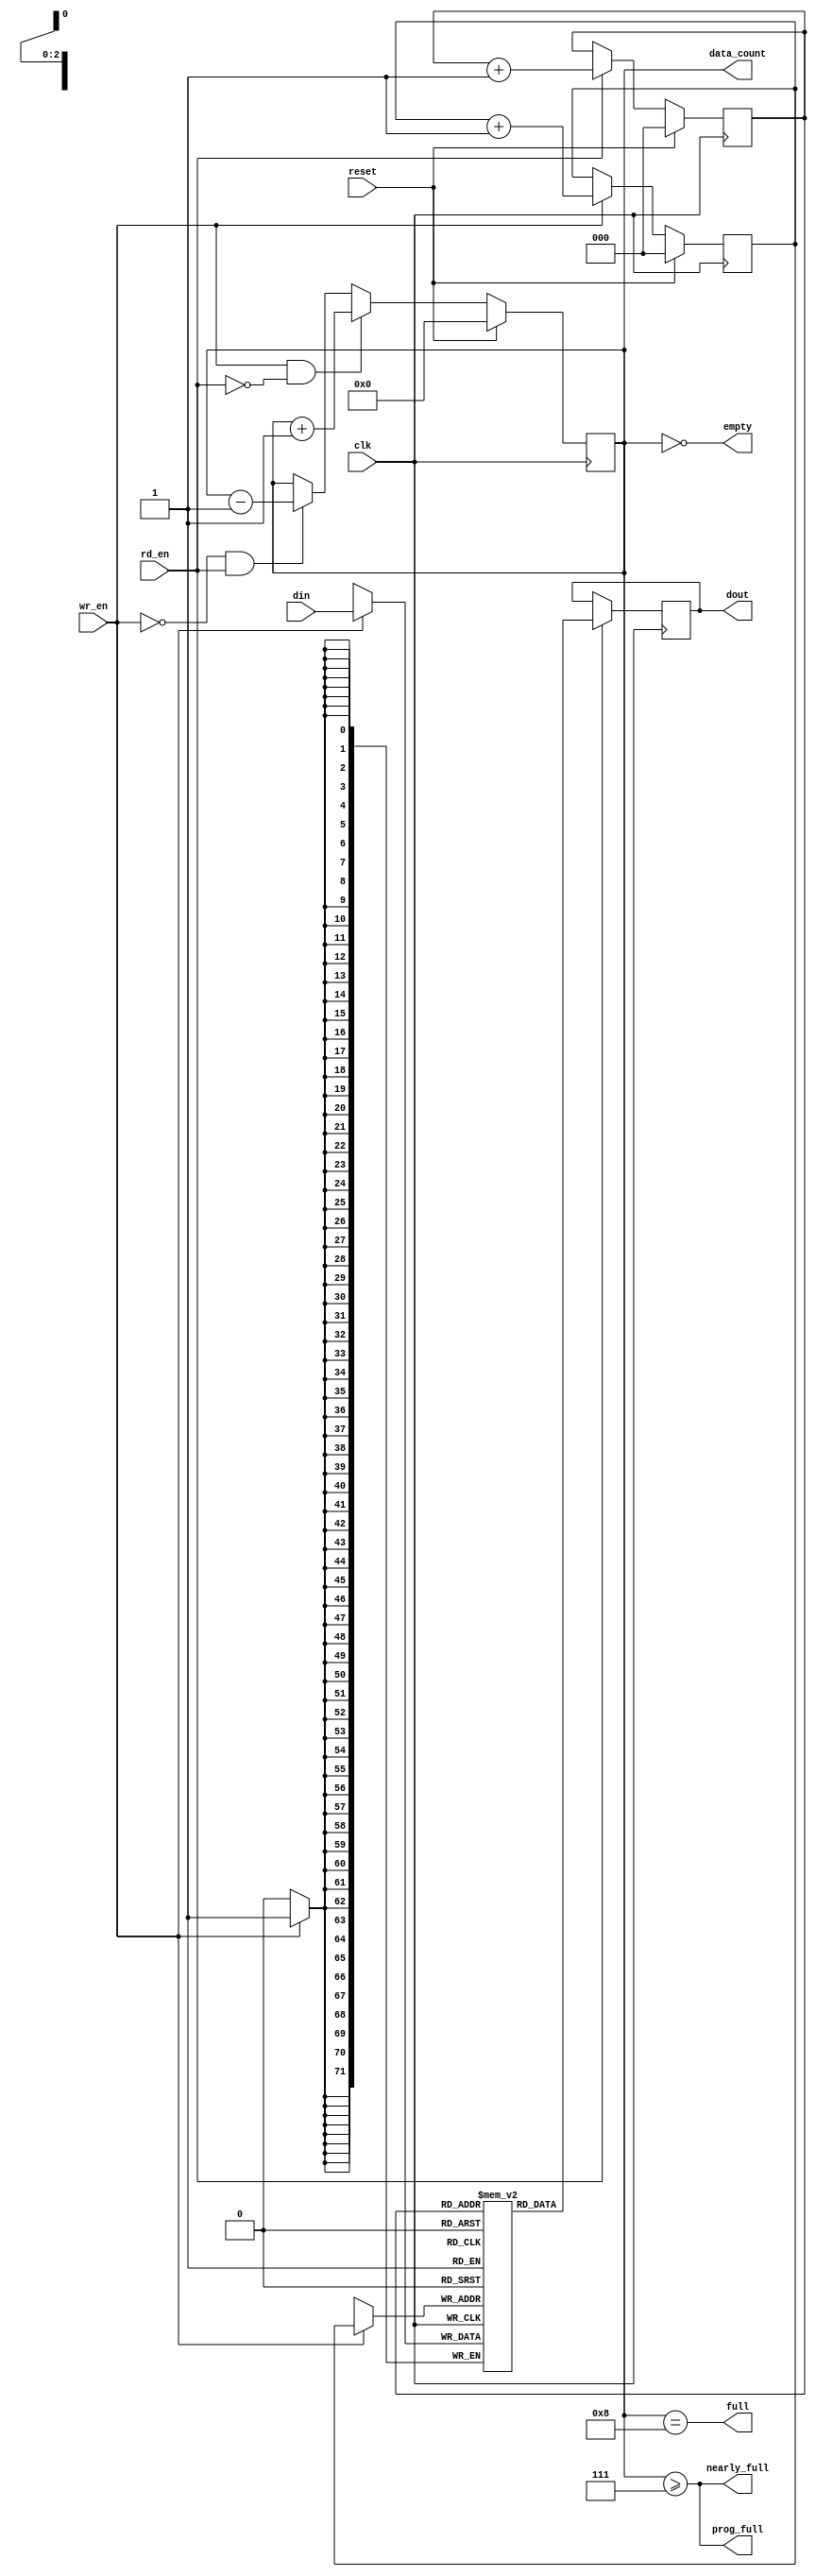
///////////////////////////////////////////////////////////////////////////////
// $Id: small_fifo.v 4761 2008-12-27 01:11:00Z jnaous $
//
// Module: small_fifo.v
// Project: UNET
// Description: small fifo with no fallthrough i.e. data valid after rd is high
//
// Change history:
//   7/20/07 -- Set nearly full to 2^MAX_DEPTH_BITS - 1 by default so that it
//              goes high a clock cycle early.
//   11/2/09 -- Modified to have both prog threshold and almost full
///////////////////////////////////////////////////////////////////////////////
`timescale 1ns/1ps

  module small_fifo
    #(parameter WIDTH = 72,
      parameter MAX_DEPTH_BITS = 3,
      parameter PROG_FULL_THRESHOLD = 2**MAX_DEPTH_BITS - 1
      )
    (

     input [WIDTH-1:0] din,     // Data in
     input          wr_en,   // Write enable

     input          rd_en,   // Read the next word

     output reg [WIDTH-1:0]  dout,    // Data out
     output         full,
     output         nearly_full,
     output         prog_full,
     output         empty,
     output [MAX_DEPTH_BITS:0]      data_count,

     input          reset,
     input          clk
     );


parameter MAX_DEPTH        = 2 ** MAX_DEPTH_BITS;

reg [WIDTH-1:0] queue [MAX_DEPTH - 1 : 0];
reg [MAX_DEPTH_BITS - 1 : 0] rd_ptr;
reg [MAX_DEPTH_BITS - 1 : 0] wr_ptr;
reg [MAX_DEPTH_BITS : 0] depth;

// Sample the data
always @(posedge clk)
begin
   if (wr_en)
      queue[wr_ptr] <= din;
   if (rd_en)
      dout <=
	      // synthesis translate_off
	      #1
	      // synthesis translate_on
	      queue[rd_ptr];
end

always @(posedge clk)
begin
   if (reset) begin
      rd_ptr <= 'h0;
      wr_ptr <= 'h0;
      depth  <= 'h0;
   end
   else begin
      if (wr_en) wr_ptr <= wr_ptr + 'h1;
      if (rd_en) rd_ptr <= rd_ptr + 'h1;
      if (wr_en & ~rd_en) depth <=
				   // synthesis translate_off
				   #1
				   // synthesis translate_on
				   depth + 'h1;
      else if (~wr_en & rd_en) depth <=
				   // synthesis translate_off
				   #1
				   // synthesis translate_on
				   depth - 'h1;
   end
end

//assign dout = queue[rd_ptr];
assign full = depth == MAX_DEPTH;
assign prog_full = (depth >= PROG_FULL_THRESHOLD);
assign nearly_full = depth >= MAX_DEPTH-1;
assign empty = depth == 'h0;
assign data_count = depth;

// synthesis translate_off
always @(posedge clk)
begin
   if (wr_en && depth == MAX_DEPTH && !rd_en)
      $display($time, " ERROR: Attempt to write to full FIFO: %m");
   if (rd_en && depth == 'h0)
      $display($time, " ERROR: Attempt to read an empty FIFO: %m");
end
// synthesis translate_on

endmodule // small_fifo


/* vim:set shiftwidth=3 softtabstop=3 expandtab: */